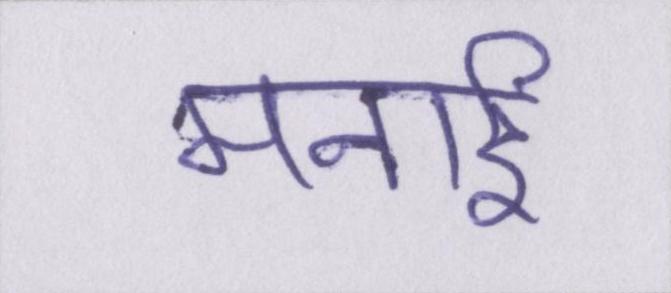
मनाई